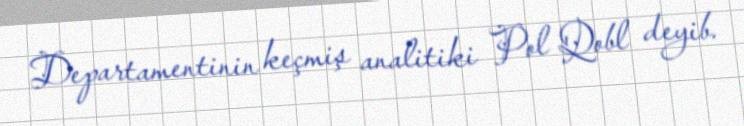
Departamentinin keçmiş analitiki Pol Qobl deyib.